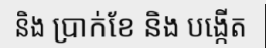
និង ប្រាក់ខែ និង បង្កើត